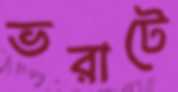
ভরাটে